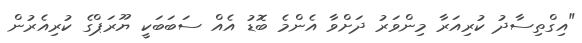
"އިގްތިސާދު ކުރިއަރާ މިންވަރު ދަށްވާ އެންމެ ބޮޑު އެއް ސަބަބަކީ ޔޫރަޕްގެ ކުރިއެރުން